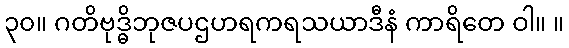
၃၀။ ဂတိဗုဒ္ဓိဘုဇပဌဟရကရသယာဒီနံ ကာရိတေ ဝါ။ ။